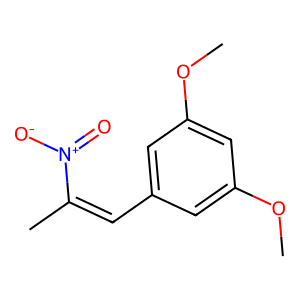
SMILES: COc1cc(C=C(C)[N+](=O)[O-])cc(OC)c1
Inhibits HIV replication: No